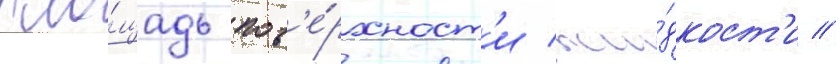
пло́щадь пов'е́рхност'и жи́дкост'и //